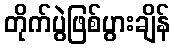
တိုက်ပွဲဖြစ်ပွားချိန်